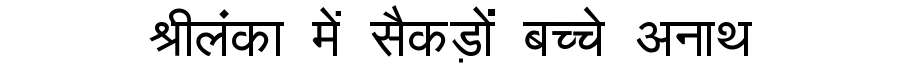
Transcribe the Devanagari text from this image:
श्रीलंका में सैकड़ों बच्चे अनाथ